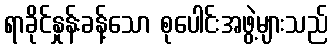
ရာခိုင်နှုန်းခန့်သော စုပေါင်းအဖွဲ့များသည်